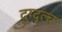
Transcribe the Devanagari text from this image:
द्ग्द्ल्ब